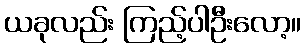
ယခုလည်း ကြည့်ပါဦးလော့။